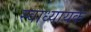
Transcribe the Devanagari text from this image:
स्‍वाध्‍यायके